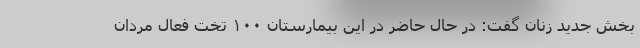
بخش جدید زنان گفت: در حال حاضر در این بیمارستان ۱۰۰ تخت فعال مردان